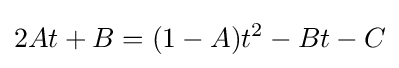
2At+B=(1-A)t^{2}-Bt-C